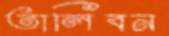
তালিবন